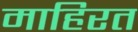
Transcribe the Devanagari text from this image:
माहिरत